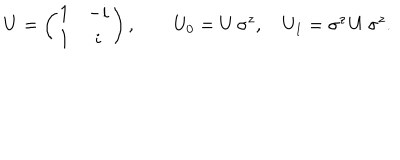
LaTeX: U = \left( \begin{matrix} { { 1 } } & { { - i } } \\ { { 1 } } & { { i } } \\ \end{matrix} \right) , \qquad U _ { 0 } = U \, \sigma ^ { z } , \quad U _ { 1 } = \sigma ^ { z } \, U \, \sigma ^ { z } .